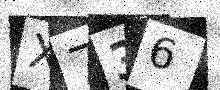
Text: X736